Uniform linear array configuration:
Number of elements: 4
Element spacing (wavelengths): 1
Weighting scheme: cosine
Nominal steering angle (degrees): -60
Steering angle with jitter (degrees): -61.38
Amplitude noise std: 0.05
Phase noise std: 0.05

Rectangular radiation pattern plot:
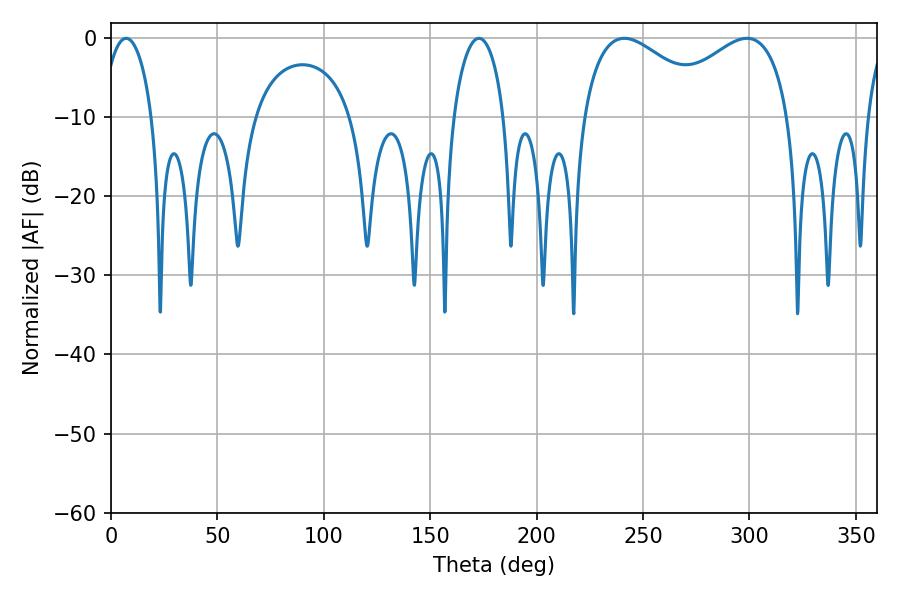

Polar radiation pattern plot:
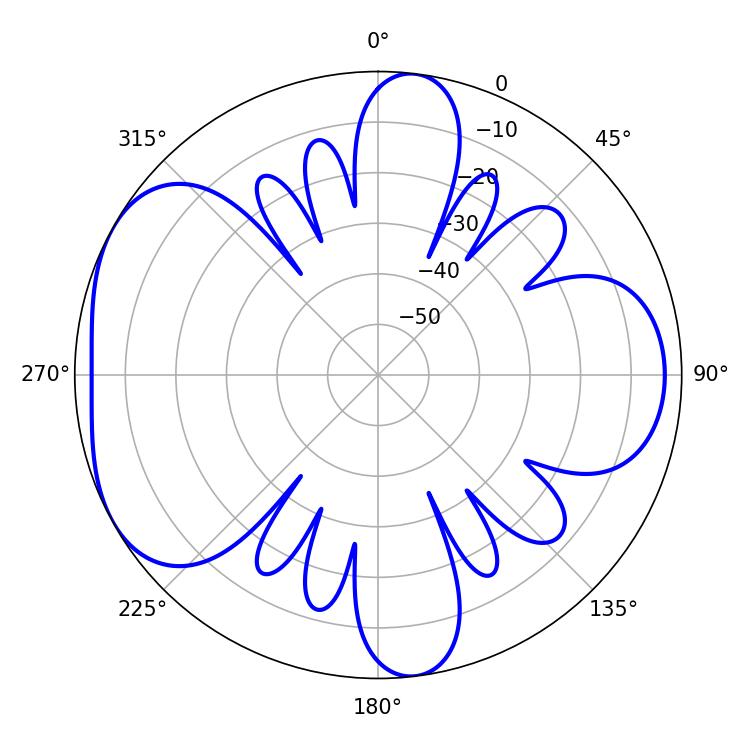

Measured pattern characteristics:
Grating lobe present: TRUE
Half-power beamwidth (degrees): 34.38
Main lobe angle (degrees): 241.2